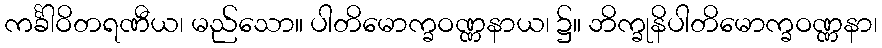
ကင်္ခါဝိတရဏီယ၊ မည်သော။ ပါတိမောက္ခဝဏ္ဏနာယ၊ ၌။ ဘိက္ခုနိပါတိမောက္ခဝဏ္ဏနာ၊